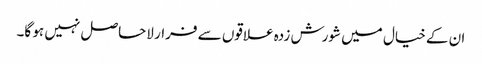
ان کے خیال میں شورش زدہ علاقوں سے فرار لاحاصل نہیں ہو گا۔